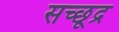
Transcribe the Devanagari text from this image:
सच्छूद्र